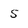
Character: 5